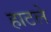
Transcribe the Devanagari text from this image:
हाटले